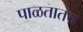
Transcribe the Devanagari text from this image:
पाळतातच